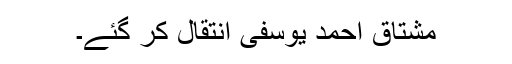
مشتاق احمد یوسفی انتقال کر گئے۔